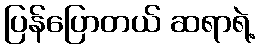
ပြန်ပြောတယ် ဆရာရဲ့